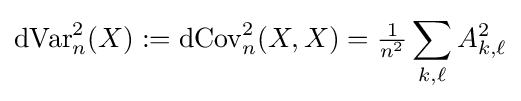
\operatorname {dVar} _{n}^{2}(X):=\operatorname {dCov} _{n}^{2}(X,X)={\tfrac {1}{n^{2}}}\sum _{k,\ell }A_{k,\ell }^{2}